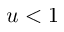
u < 1